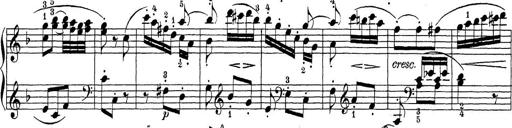
Title: Sonatina Album
Composer: Louis KÃ¶hler